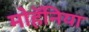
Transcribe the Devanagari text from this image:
मोहॅनिया